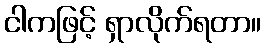
ငါကဖြင့် ရှာလိုက်ရတာ။